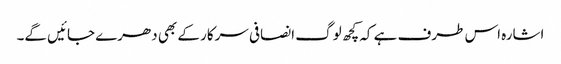
اشارہ اس طرف ہے کہ کچھ لوگ انصافی سرکار کے بھی دھرے جائیں گے۔